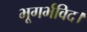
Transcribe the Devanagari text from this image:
भूगर्भविद।